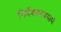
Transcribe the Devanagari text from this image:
निर्देशकाप्रमाणे